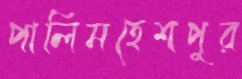
পালিমহেশপুর